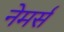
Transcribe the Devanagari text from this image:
नेमर्स